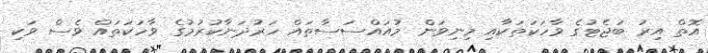
އޮތް އިރު ބަޖެޓުގެ ވާހަކަތަކާއި މިނިވަން މުއައްސަސާތައް ހަރުދަނާކުރުމުގެ ވާހަކަތައް ވެސް ވަކި